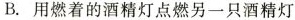
B.用燃着的酒精灯点燃另一只酒精灯